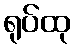
ရုပ်ထု